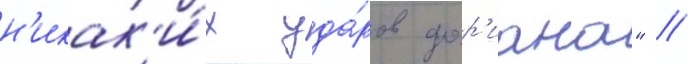
н'икак'и́х уда́ров дор'иана" //